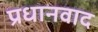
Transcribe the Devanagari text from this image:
प्रधानवाद